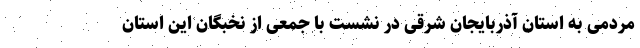
مردمی به استان آذربایجان شرقی در نشست با جمعی از نخبگان این استان